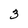
Character: 3